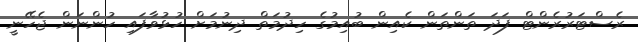
ރެސްޓަރުރެންޓް ފަދަ ތަންތަން ކެއިން ބުއިމުގެ ހިދުމަތް ދިނުމަށް ހުޅުވާފައި ހުންނަން ޖެހޭނީ